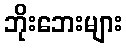
ဘိုးဘေးများ